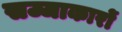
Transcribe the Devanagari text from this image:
सज्जाकारों